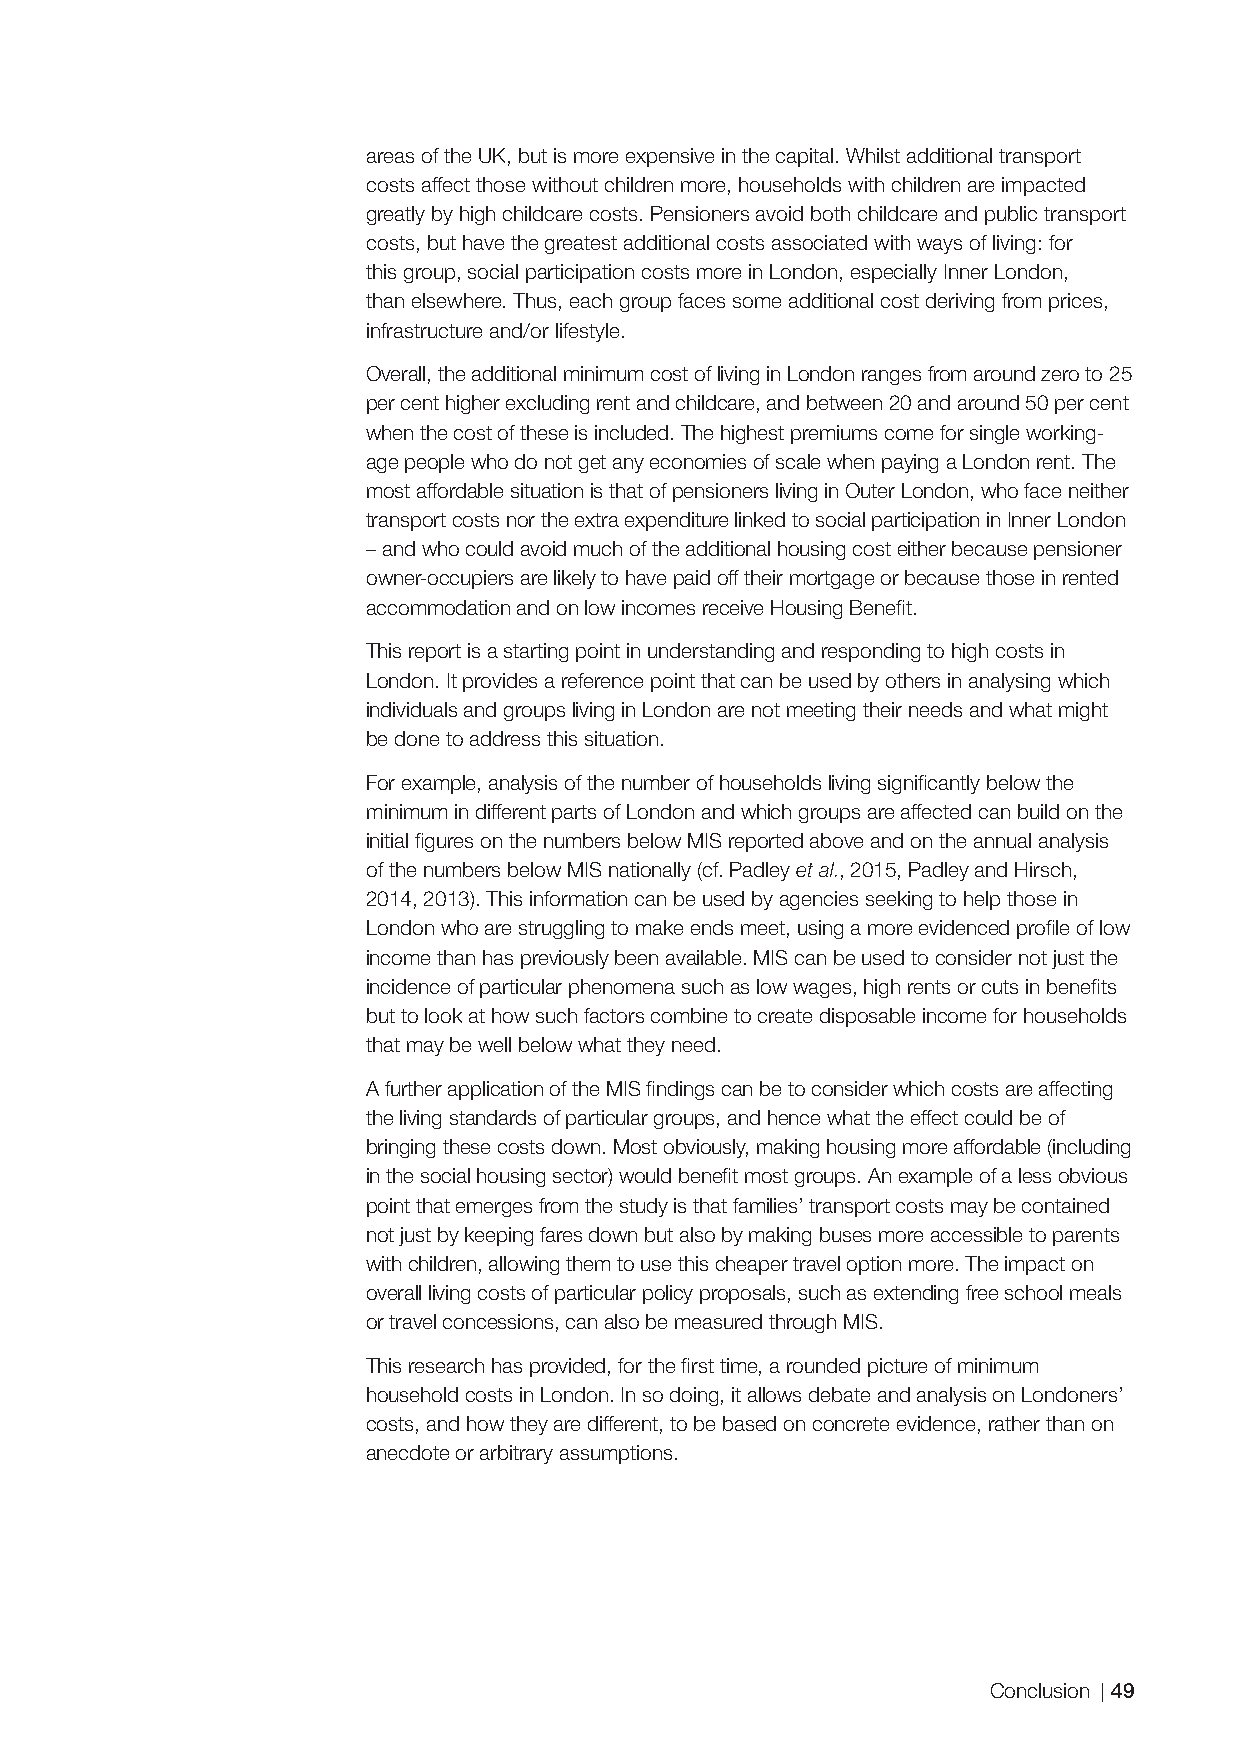
areas of the UK, but is more expensive in the capital. Whilst additional transport
 costs affect those without children more, households with children are impacted
 greatly by high childcare costs. Pensioners avoid both childcare and public transport
 costs, but have the greatest additional costs associated with ways of living: for
 this group, social participation costs more in London, especially Inner London,
 than elsewhere. Thus, each group faces some additional cost deriving from prices,
 infrastructure and/or lifestyle.
 Overall, the additional minimum cost of living in London ranges from around zero to 25
 per cent higher excluding rent and childcare, and between 20 and around 50 per cent
 when the cost of these is included. The highest premiums come for single working-
 age people who do not get any economies of scale when paying a London rent. The
 most affordable situation is that of pensioners living in Outer London, who face neither
 transport costs nor the extra expenditure linked to social participation in Inner London
 – and who could avoid much of the additional housing cost either because pensioner
 owner-occupiers are likely to have paid off their mortgage or because those in rented
 accommodation and on low incomes receive Housing Benefi t.
 This report is a starting point in understanding and responding to high costs in
 London. It provides a reference point that can be used by others in analysing which
 individuals and groups living in London are not meeting their needs and what might
 be done to address this situation.
 For example, analysis of the number of households living signifi cantly below the
 minimum in different parts of London and which groups are affected can build on the
 initial fi gures on the numbers below MIS reported above and on the annual analysis
 of the numbers below MIS nationally (cf. Padley et al., 2015, Padley and Hirsch,
 2014, 2013). This information can be used by agencies seeking to help those in
 London who are struggling to make ends meet, using a more evidenced profi le of low
 income than has previously been available. MIS can be used to consider not just the
 incidence of particular phenomena such as low wages, high rents or cuts in benefi ts
 but to look at how such factors combine to create disposable income for households
 that may be well below what they need.
 A further application of the MIS fi ndings can be to consider which costs are affecting
 the living standards of particular groups, and hence what the effect could be of
 bringing these costs down. Most obviously, making housing more affordable (including
 in the social housing sector) would benefi t most groups. An example of a less obvious
 point that emerges from the study is that families’ transport costs may be contained
 not just by keeping fares down but also by making buses more accessible to parents
 with children, allowing them to use this cheaper travel option more. The impact on
 overall living costs of particular policy proposals, such as extending free school meals
 or travel concessions, can also be measured through MIS.
 This research has provided, for the fi rst time, a rounded picture of minimum
 household costs in London. In so doing, it allows debate and analysis on Londoners’
 costs, and how they are different, to be based on concrete evidence, rather than on
 anecdote or arbitrary assumptions.
 Conclusion 49